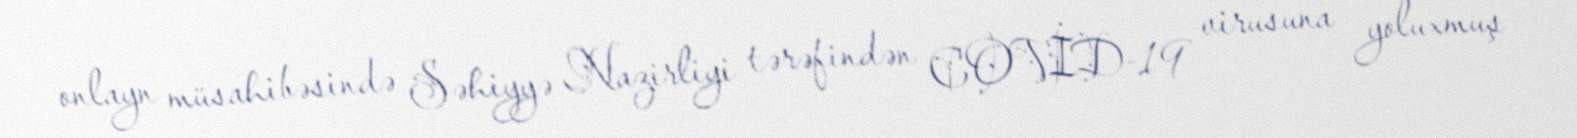
onlayn müsahibəsində Səhiyyə Nazirliyi tərəfindən COVİD-19 virusuna yoluxmuş